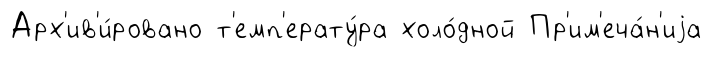
Арх'ив'и́ровано т'емп'ерату́ра холо́дной Пр'им'еча́н'иjа